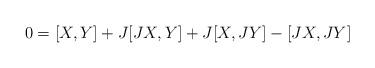
LaTeX: \begin{align*}0 = [X,Y] + J[JX,Y] + J[X,JY] - [JX,JY]\end{align*}